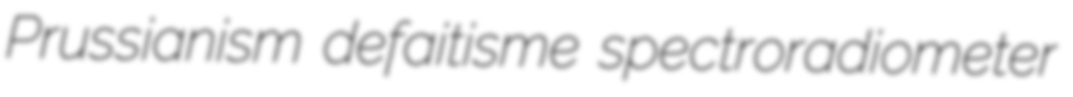
Prussianism defaitisme spectroradiometer